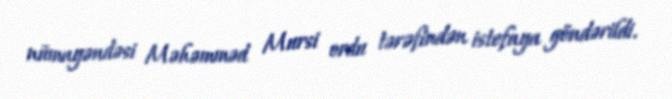
nümayəndəsi Məhəmməd Mursi ordu tərəfindən istefaya göndərildi.